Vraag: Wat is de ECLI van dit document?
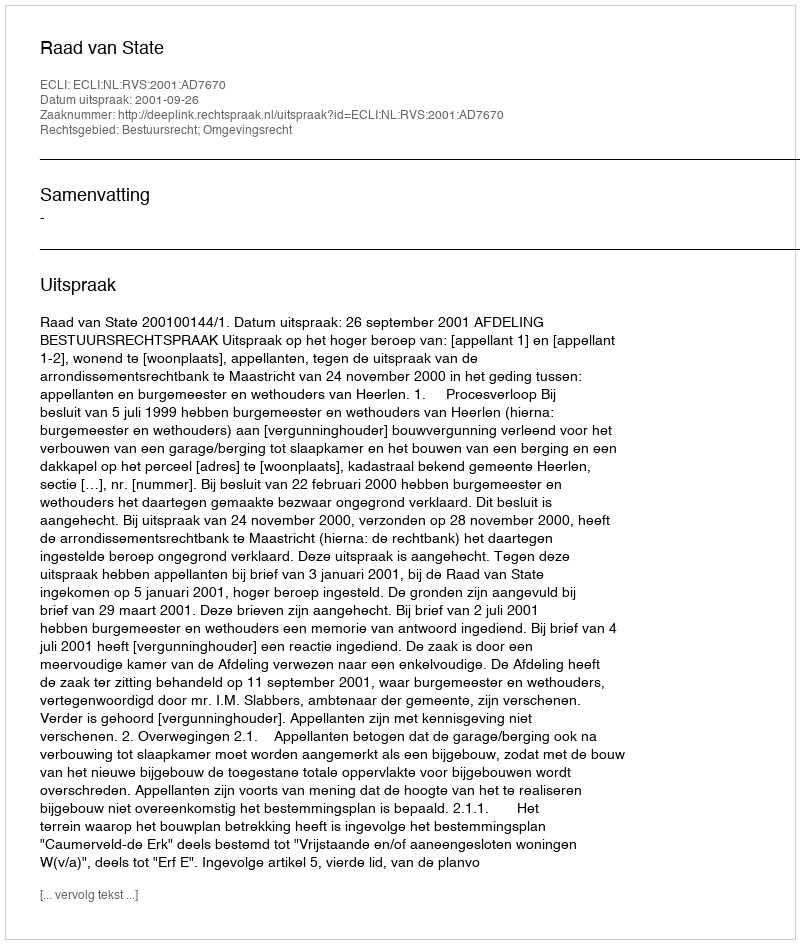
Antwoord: ECLI:NL:RVS:2001:AD7670